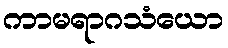
ကာမရာဂသံယော